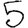
Digit: 5